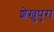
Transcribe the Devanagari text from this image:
शेख़ुपुरा